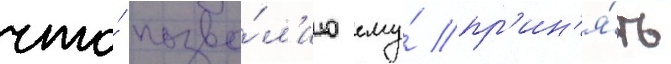
что́ позво́л'ило ему́ пр'ин'я́ть